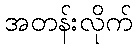
အတန်းလိုက်